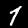
Label: 7